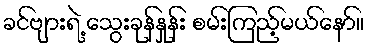
ခင်ဗျားရဲ့ သွေးခုန်နှုန်း စမ်းကြည့်မယ်နော်။